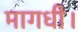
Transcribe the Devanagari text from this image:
मागधी।